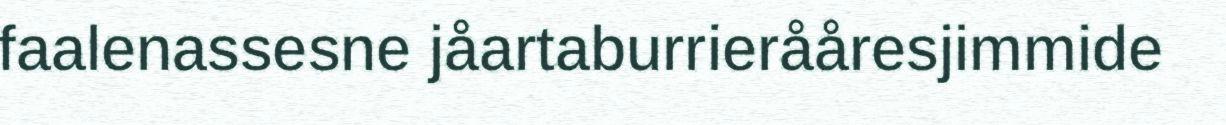
faalenassesne jåartaburrierååresjimmide